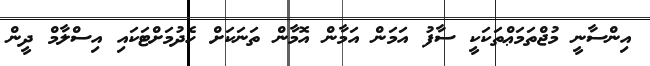
އިންސާނީ މުޖްތަމަޢްތަކަކީ ސާފު އަމަން އަމާން އޮމާން ތަނަކަށް ހެދުމަށްޓަކައި އިސްލާމް ދީން